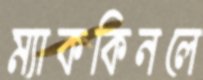
ম্যাককিনলে